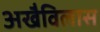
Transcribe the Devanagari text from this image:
अखैविलास